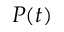
P ( t )